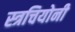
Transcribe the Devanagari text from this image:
स्त्रचियोनी